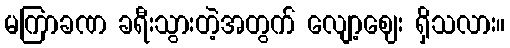
မကြာခဏ ခရီးသွားတဲ့အတွက် လျော့ဈေး ရှိသလား။